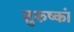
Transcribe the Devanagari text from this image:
तुरुष्कां